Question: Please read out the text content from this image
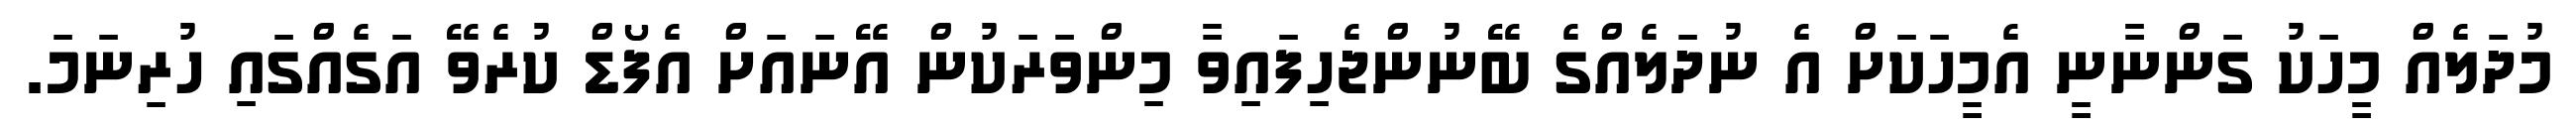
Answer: މުދަލެއް މީހަކު ގަންނާނީ އެމީހަކަށް އެ ނުދަލެއްގެ ބޭނުންޖެހިފައިވާ މިންވަރަކުން އޭނައަށް އެފޯޑް ކުރެވޭ އަގެއްގައި ހުރިނަމަ.